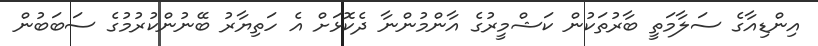
އިންޑިއާގެ ސަލާމަތީ ބާރުތަކުން ކަޝްމީރުގެ އާންމުންނާ ދެކޮޅަށް އެ ހަތިޔާރު ބޭނުންކުރުމުގެ ސަބަބުން